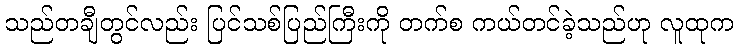
သည်တချီတွင်လည်း ပြင်သစ်ပြည်ကြီးကို တက်စ ကယ်တင်ခဲ့သည်ဟု လူထုက